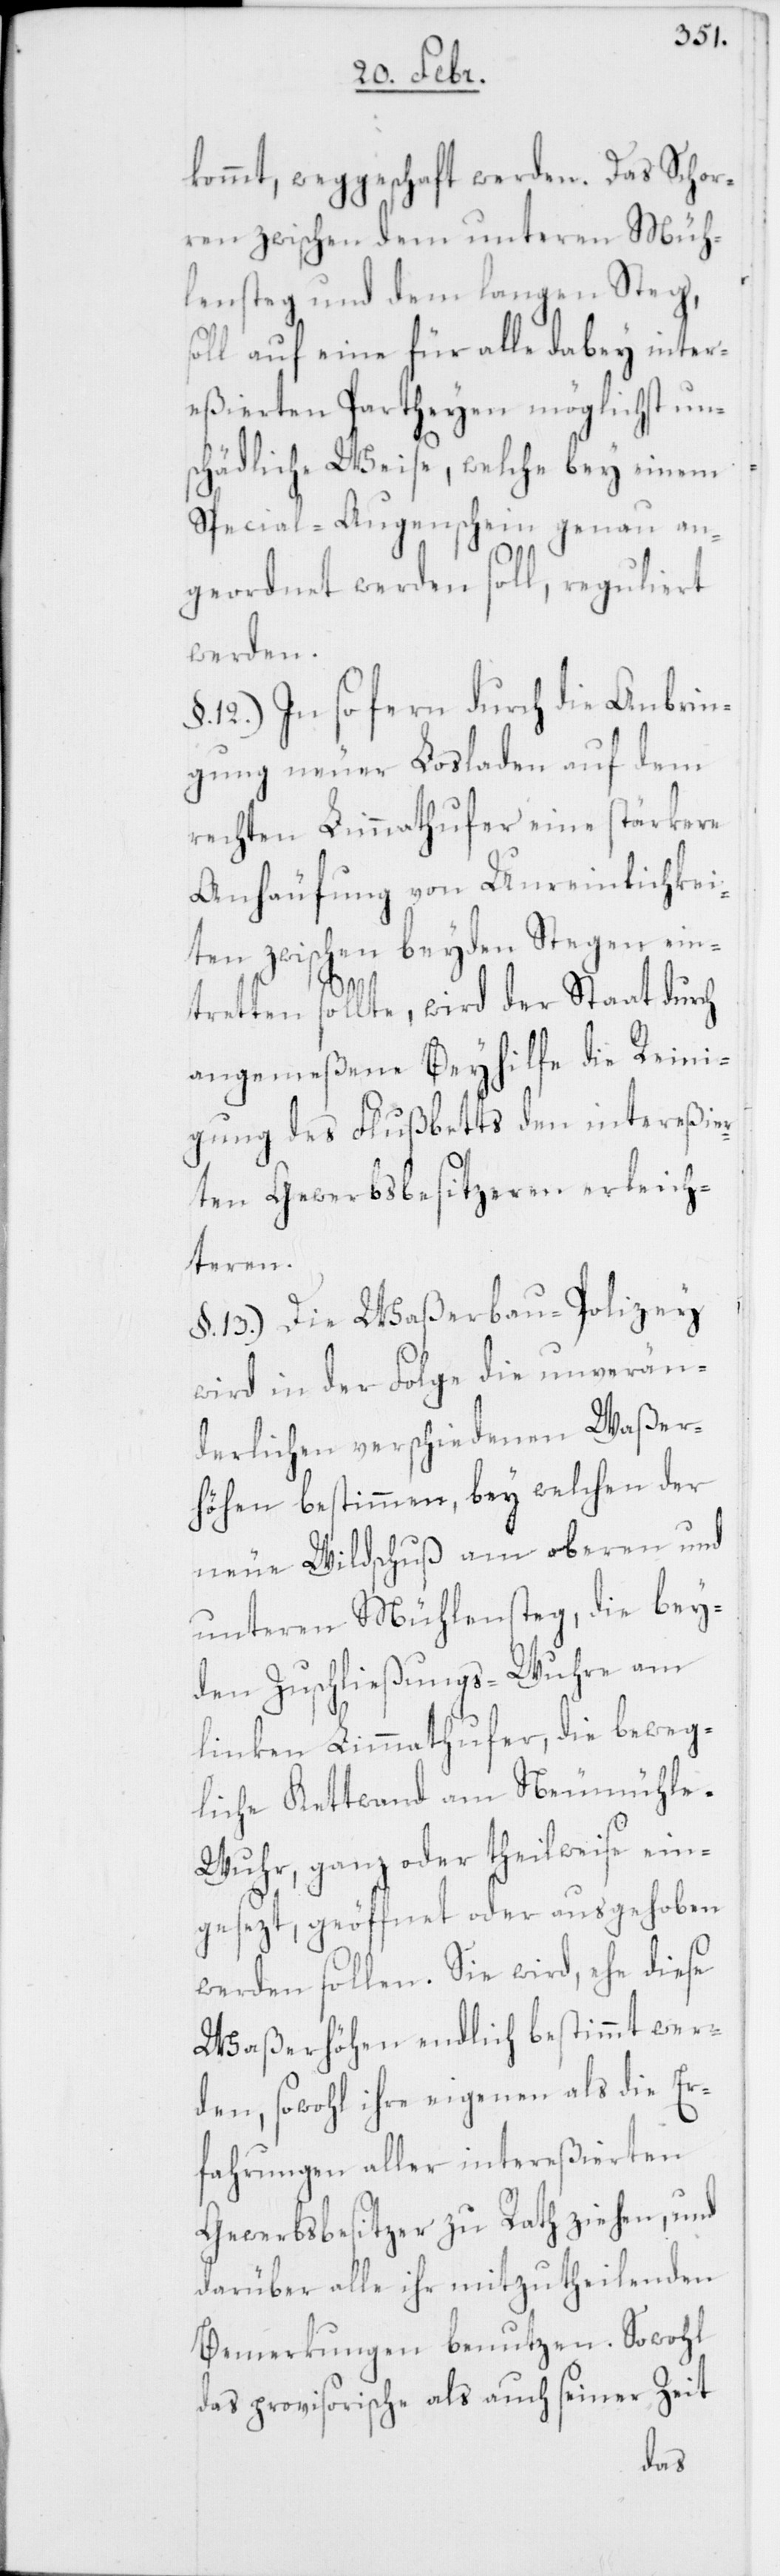
kommt, weggeschafft werden. Das Schor¬
ren zwischen dem unteren Müh¬
lensteg und dem langen Steg,
soll auf eine für alle dabey inter¬
eßierten Partheyen möglichst uns¬
chädliche Weise, welche bey einem
Special-Augenschein genau an¬
geordnet werden soll, reguliert
werden.
§. 12.) In so fern durch die Anbrin¬
gung neuer Losladen auf dem
rechten Limmathufer eine stärkere
Anhäufung von Unreinlichkei¬
ten zwischen beyden Stegen ein¬
tretten sollte, wird der Staat durch
angemeßene Beyhilfe die Reini¬
gung des Flußbetts den intereßier¬
ten Gewerbsbesitzeren erleich¬
teren.
§. 13.) Die Waßerbau-Polizey
wird in der Folge die unverän¬
derlichen verschiedenen Waßer¬
höhen bestimmen, bey welchen der
neue Wildschuß am oberen und
unteren Mühlensteg, die bey¬
den Zuschließungs-Wuhre am
linken Limmathufer, die beweg¬
liche Kettwand am Neumühl¬
e-Wuhr, ganz oder theilweise ein¬
gesezt, geöffnet oder ausgehoben
werden sollen. Sie wird, ehe diese
Waßerhöhen endlich bestimmt wer¬
den, sowohl ihre eigenen als die Er¬
fahrungen aller intereßierten
Gewerbsbesitzer zu Rath ziehen, und
darüber alle ihr mitzutheilenden
Bemerkungen benutzen. Sowohl
das provisorische als auch seiner Zeit